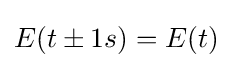
E(t\pm 1s)=E(t)